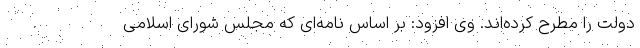
دولت را مطرح کرده‌اند. وی افزود: بر اساس نامه‌ای که مجلس شورای اسلامی